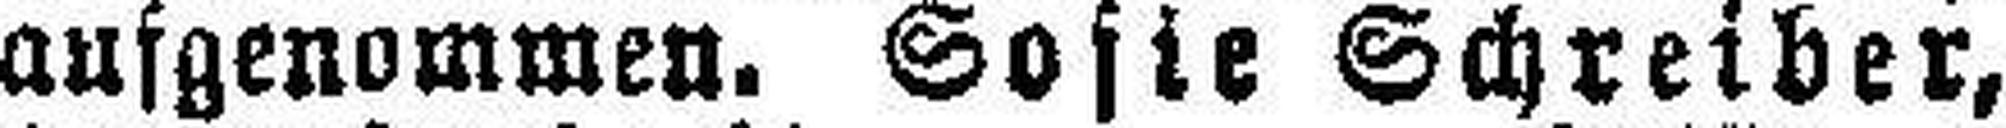
aufgenommen. Sofie Schreiber,